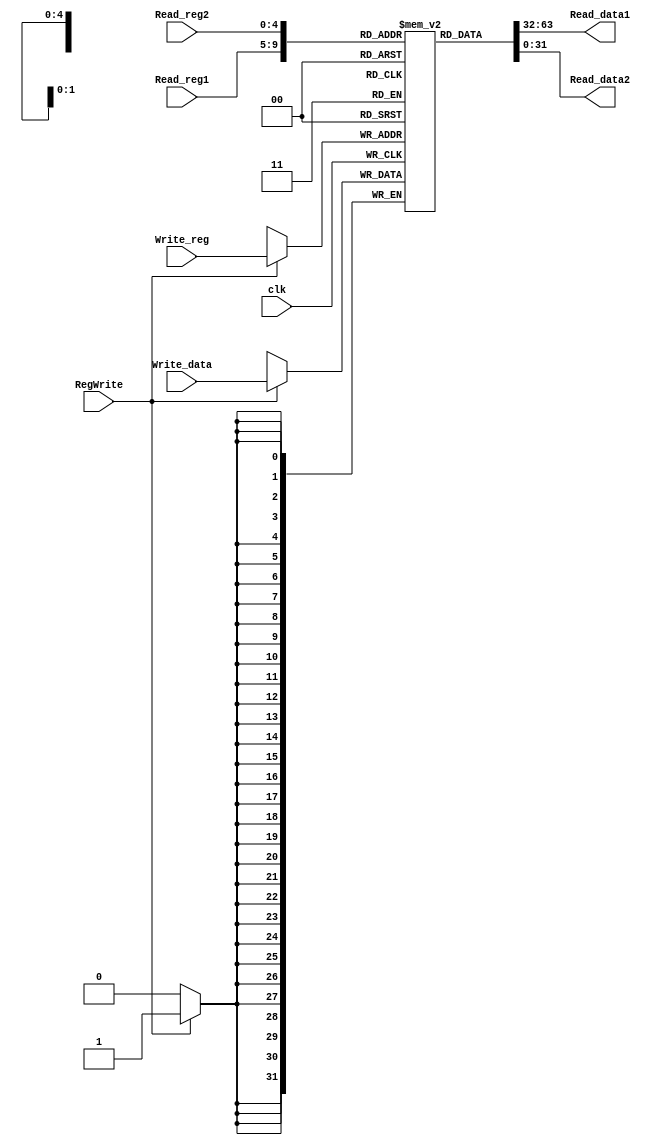
`timescale 1ns / 1ps

module Registers(clk, RegWrite, Read_reg1, Read_reg2, Write_reg, Write_data, Read_data1, Read_data2);
    input clk, RegWrite;
    input [4:0] Read_reg1, Read_reg2, Write_reg;
    input [31:0] Write_data;
    output [31:0] Read_data1, Read_data2;
    reg [31:0] memory [31:0];
    integer i;
    initial begin 
        for (i = 0; i < 32; i = i + 1)
            memory[i] = 0;
    end
    assign Read_data1 = memory[Read_reg1];
    assign Read_data2 = memory[Read_reg2];
    always @ (posedge clk) begin
        if (RegWrite == 1)
            memory[Write_reg] <= Write_data;
        end
endmodule